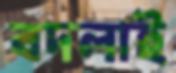
বদলাই